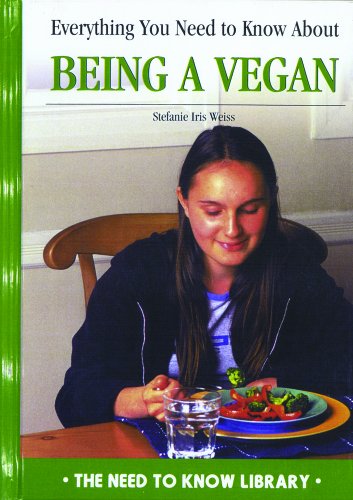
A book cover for Everything You Need to Know About Being a Vegan (Need to Know Library); Stefanie Iris Weiss; Health, Fitness & Dieting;